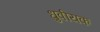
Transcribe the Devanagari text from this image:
ध्रुवीयक